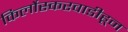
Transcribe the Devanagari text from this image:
किर्लोस्करवाडीहून